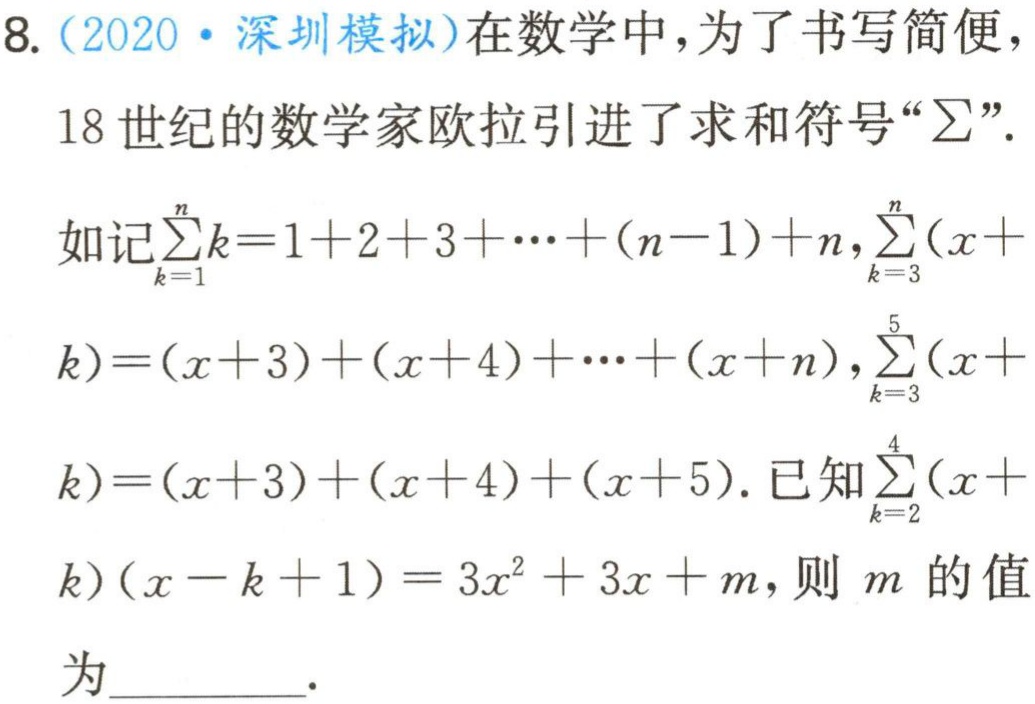
8.（2020·深圳模拟）在数学中，为了书写简便，18世纪的数学家欧拉引进了求和符号“\(\sum\)”。
如记\(\sum_{k = 1}^{n}k = 1 + 2 + 3+\cdots+(n - 1)+n\)，\(\sum_{k = 3}^{n}(x + k)=(x + 3)+(x + 4)+\cdots+(x + n)\)，\(\sum_{k = 3}^{5}(x + k)=(x + 3)+(x + 4)+(x + 5)\)。已知\(\sum_{k = 2}^{4}(x + k)(x - k + 1)=3x^{2}+3x + m\)，则\(m\)的值为  。